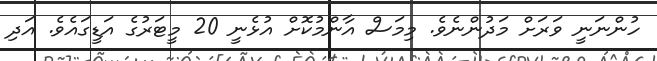
ހުންނަނީ ވަރަށް މަދުންނެވެ. މިމަސް އާންމުކޮށް އުޅެނީ 20 މީޓަރުގެ އަޑީގައެވެ. އަދި